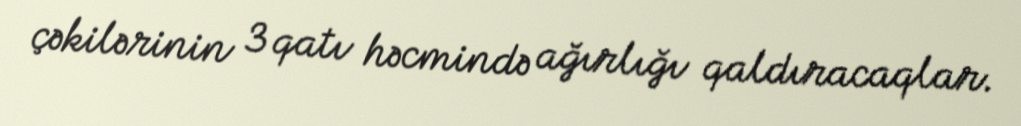
çəkilərinin 3 qatı həcmində ağırlığı qaldıracaqlar.